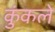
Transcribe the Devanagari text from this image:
कुंकले